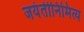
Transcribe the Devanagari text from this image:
जयंतीनिमित्य